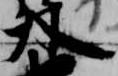
外